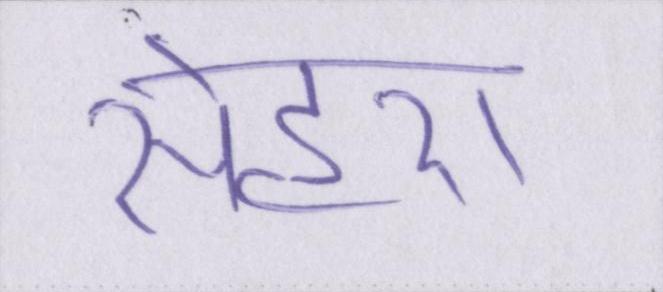
सेहरा